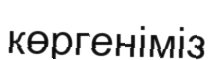
көргеніміз